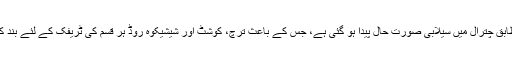
ذرائع کے مطابق چترال میں سیلابی صورت حال پیدا ہو گئی ہے، جس کے باعث ترچ، کوشٹ اور شیشیکوہ روڈ ہر قسم کی ٹریفک کے لئے بند کر دیا گیا ہے۔